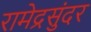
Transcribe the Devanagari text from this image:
रामेद्रसुंदर